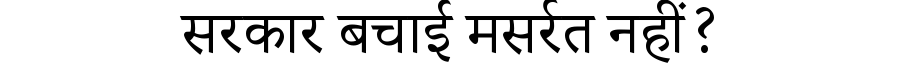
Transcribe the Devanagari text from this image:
सरकार बचाई मसर्रत नहीं?